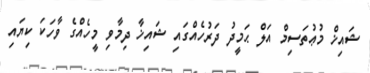
ޝައިޚް މުޢުތަސިމް އަލް ޙަމީދު ދަރުހެއްގައި ޝައިޚާ ދިމާވި މީހެއްގެ ވާހަކަ ކިޔައި